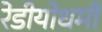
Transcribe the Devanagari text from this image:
रेडीयोधर्मी